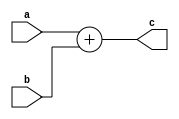

module  FIRST(a,b,c);
input a,b;
output c;
wire d ,clk;
assign c = a+b;

     	 

endmodule